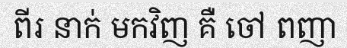
ពីរ នាក់ មកវិញ គឺ ចៅ ពញា